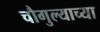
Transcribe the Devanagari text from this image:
चौगुल्याच्या